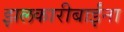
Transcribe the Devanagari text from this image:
झलकारीबाईंना